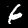
Label: 6